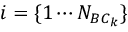
i = \{ 1 \cdots N _ { B C _ { k } } \}